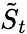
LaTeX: {\tilde{S}}_{t}